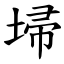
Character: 埽